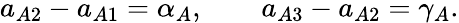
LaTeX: a_{A2}-a_{A1}=\alpha_{A},\qquad a_{A3}-a_{A2}=\gamma_{A}.